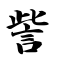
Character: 訾